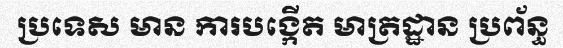
ប្រទេស មាន ការបង្កើត មាត្រដ្ឋាន ប្រព័ន្ធ